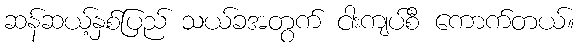
ဆန်ဆယ့်နှစ်ပြည် သယ်ခအတွက် ငါးကျပ်စီ ကောက်တယ်။